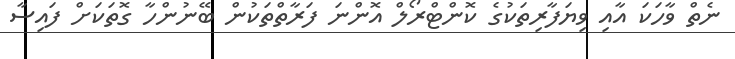
ނެތް ވާހަކަ އާއި ވިޔަފާރިތަކުގެ ކޮންޓްރޯލް އޮންނަ ފަރާތްތަކުން ބޭނުންހާ ގޮތަކަށް ފައިސާ